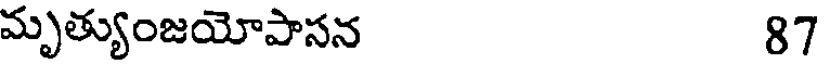
మృత్యుంజయోపాసన 87